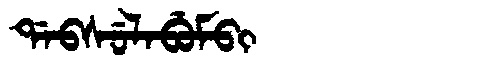
Manchu: ᡩᠠᠪᠰᡠᠯᠠᠪᡠᠮᠪᡳ
Romanization: DABSULABUMBI